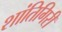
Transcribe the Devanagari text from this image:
शांतिगिरी